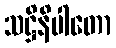
သဋ္ဌိနိပါတော